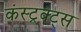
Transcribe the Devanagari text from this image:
कंस्ट्रक्ट्स